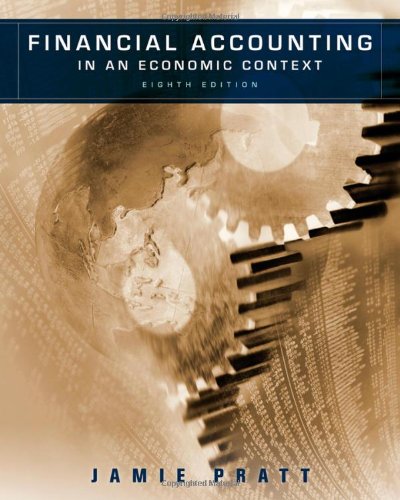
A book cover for Financial Accounting in an Economic Context; Jamie Pratt; Business & Money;